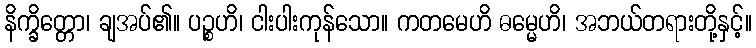
နိက္ခိတ္တော၊ ချအပ်၏။ ပဉ္စဟိ၊ ငါးပါးကုန်သော။ ကတမေဟိ ဓမ္မေဟိ၊ အဘယ်တရားတို့နှင့်။